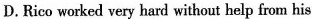
D.Rico worked very hard without help from his